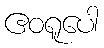
ဧဝရူပေါ